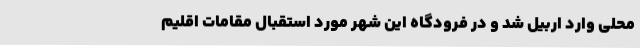
محلی وارد اربیل شد و در فرودگاه این شهر مورد استقبال مقامات اقلیم